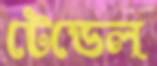
টেডেল